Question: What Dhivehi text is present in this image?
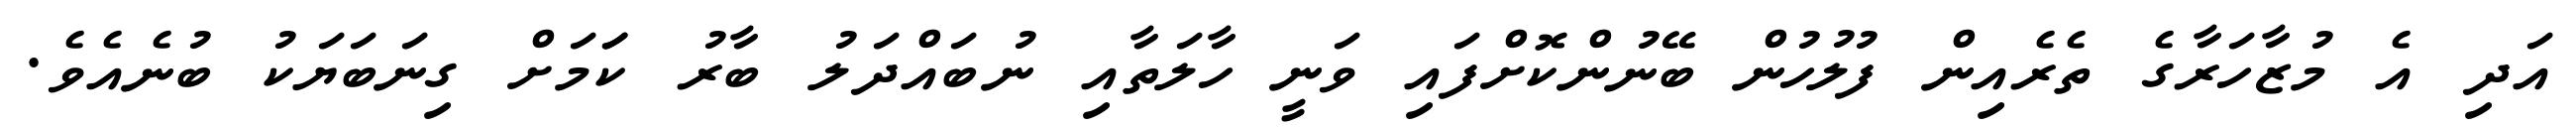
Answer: އަދި އެ މުޒާހަރާގެ ތެރެއިން ފުލުހުން ބޭނުންކޮށްފައި ވަނީ ހާލަތާއި ނުބައްދަލު ބާރު ކަަމަށް ގިނަބަޔަކު ބުނެއެވެ.